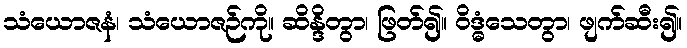
သံယောဇနံ၊ သံယောဇဉ်ကို။ ဆိန္ဒိတွာ၊ ဖြတ်၍။ ဝိဒ္ဓံသေတွာ၊ ဖျက်ဆီး၍။